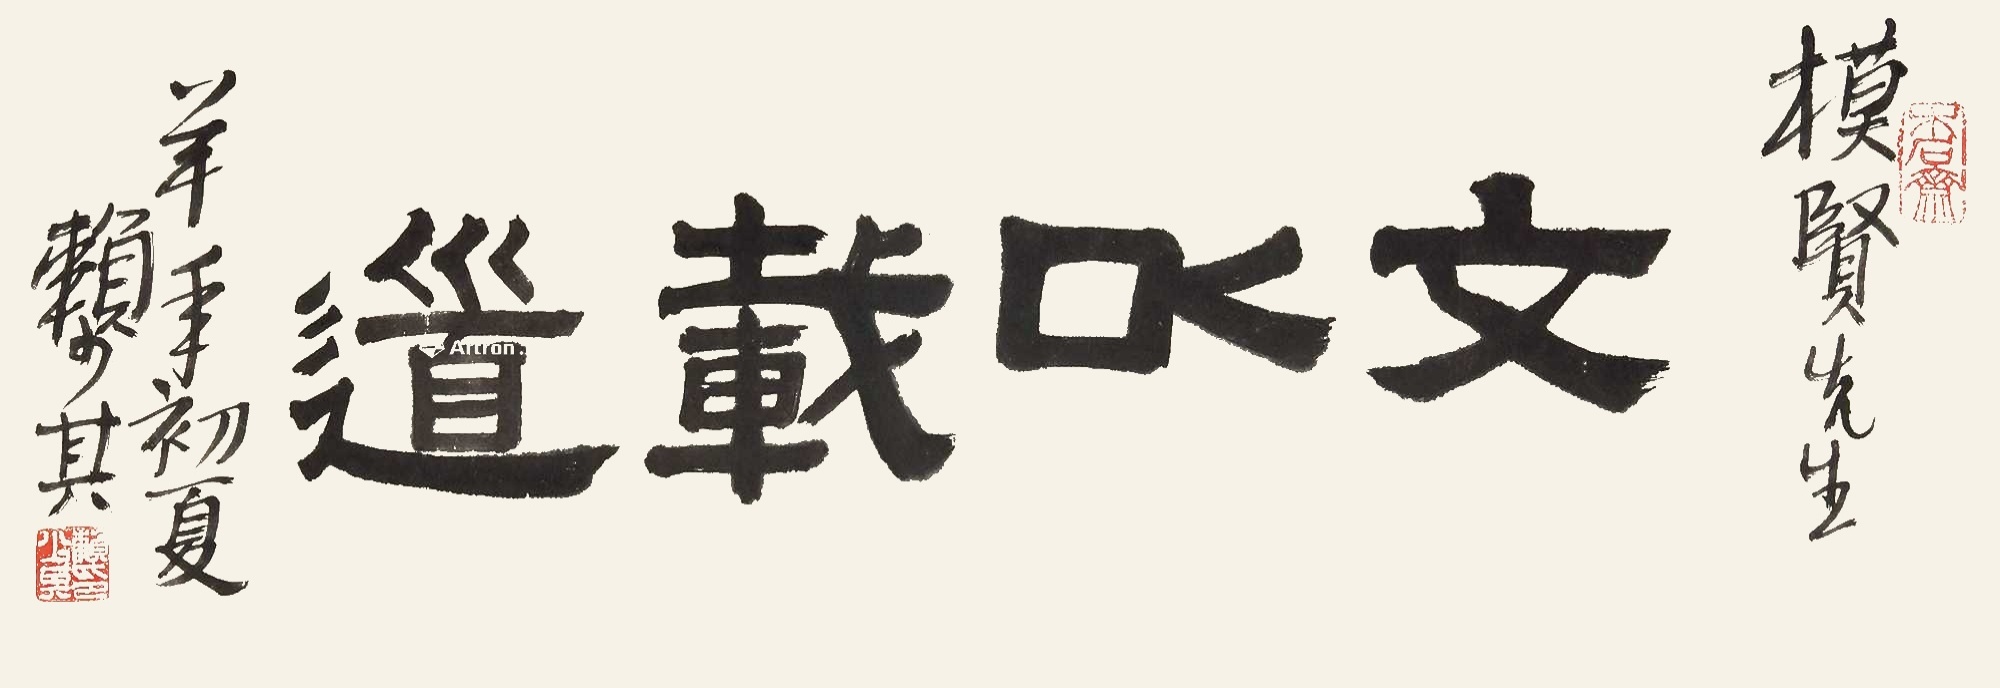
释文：文以载道。模贤先生，羊年（1991）初夏，赖少其。